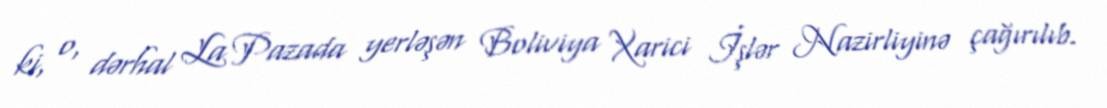
ki, o, dərhal La Pazada yerləşən Boliviya Xarici İşlər Nazirliyinə çağırılıb.